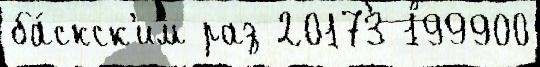
ба́скск'им раз 20173 199900